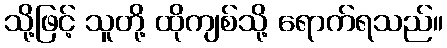
သို့ဖြင့် သူတို့ ထိုကျစ်သို့ ရောက်ရသည်။